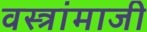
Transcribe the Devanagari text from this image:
वस्त्रांमाजी